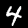
Digit: 4